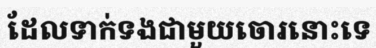
ដែលទាក់ទងជាមួយចោរនោះទេ